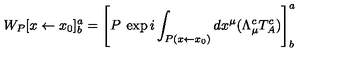
W _ { P } [ x \leftarrow x _ { 0 } ] _ { b } ^ { a } = \left[ P \: \exp i \int _ { P ( x \leftarrow x _ { 0 } ) } d x ^ { \mu } ( \Lambda _ { \mu } ^ { c } T _ { A } ^ { c } ) \right] _ { b } ^ { a }